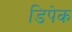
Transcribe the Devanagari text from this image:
डिपेक